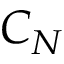
C _ { N }